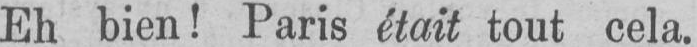
Eh bien! Paris était tout cela.